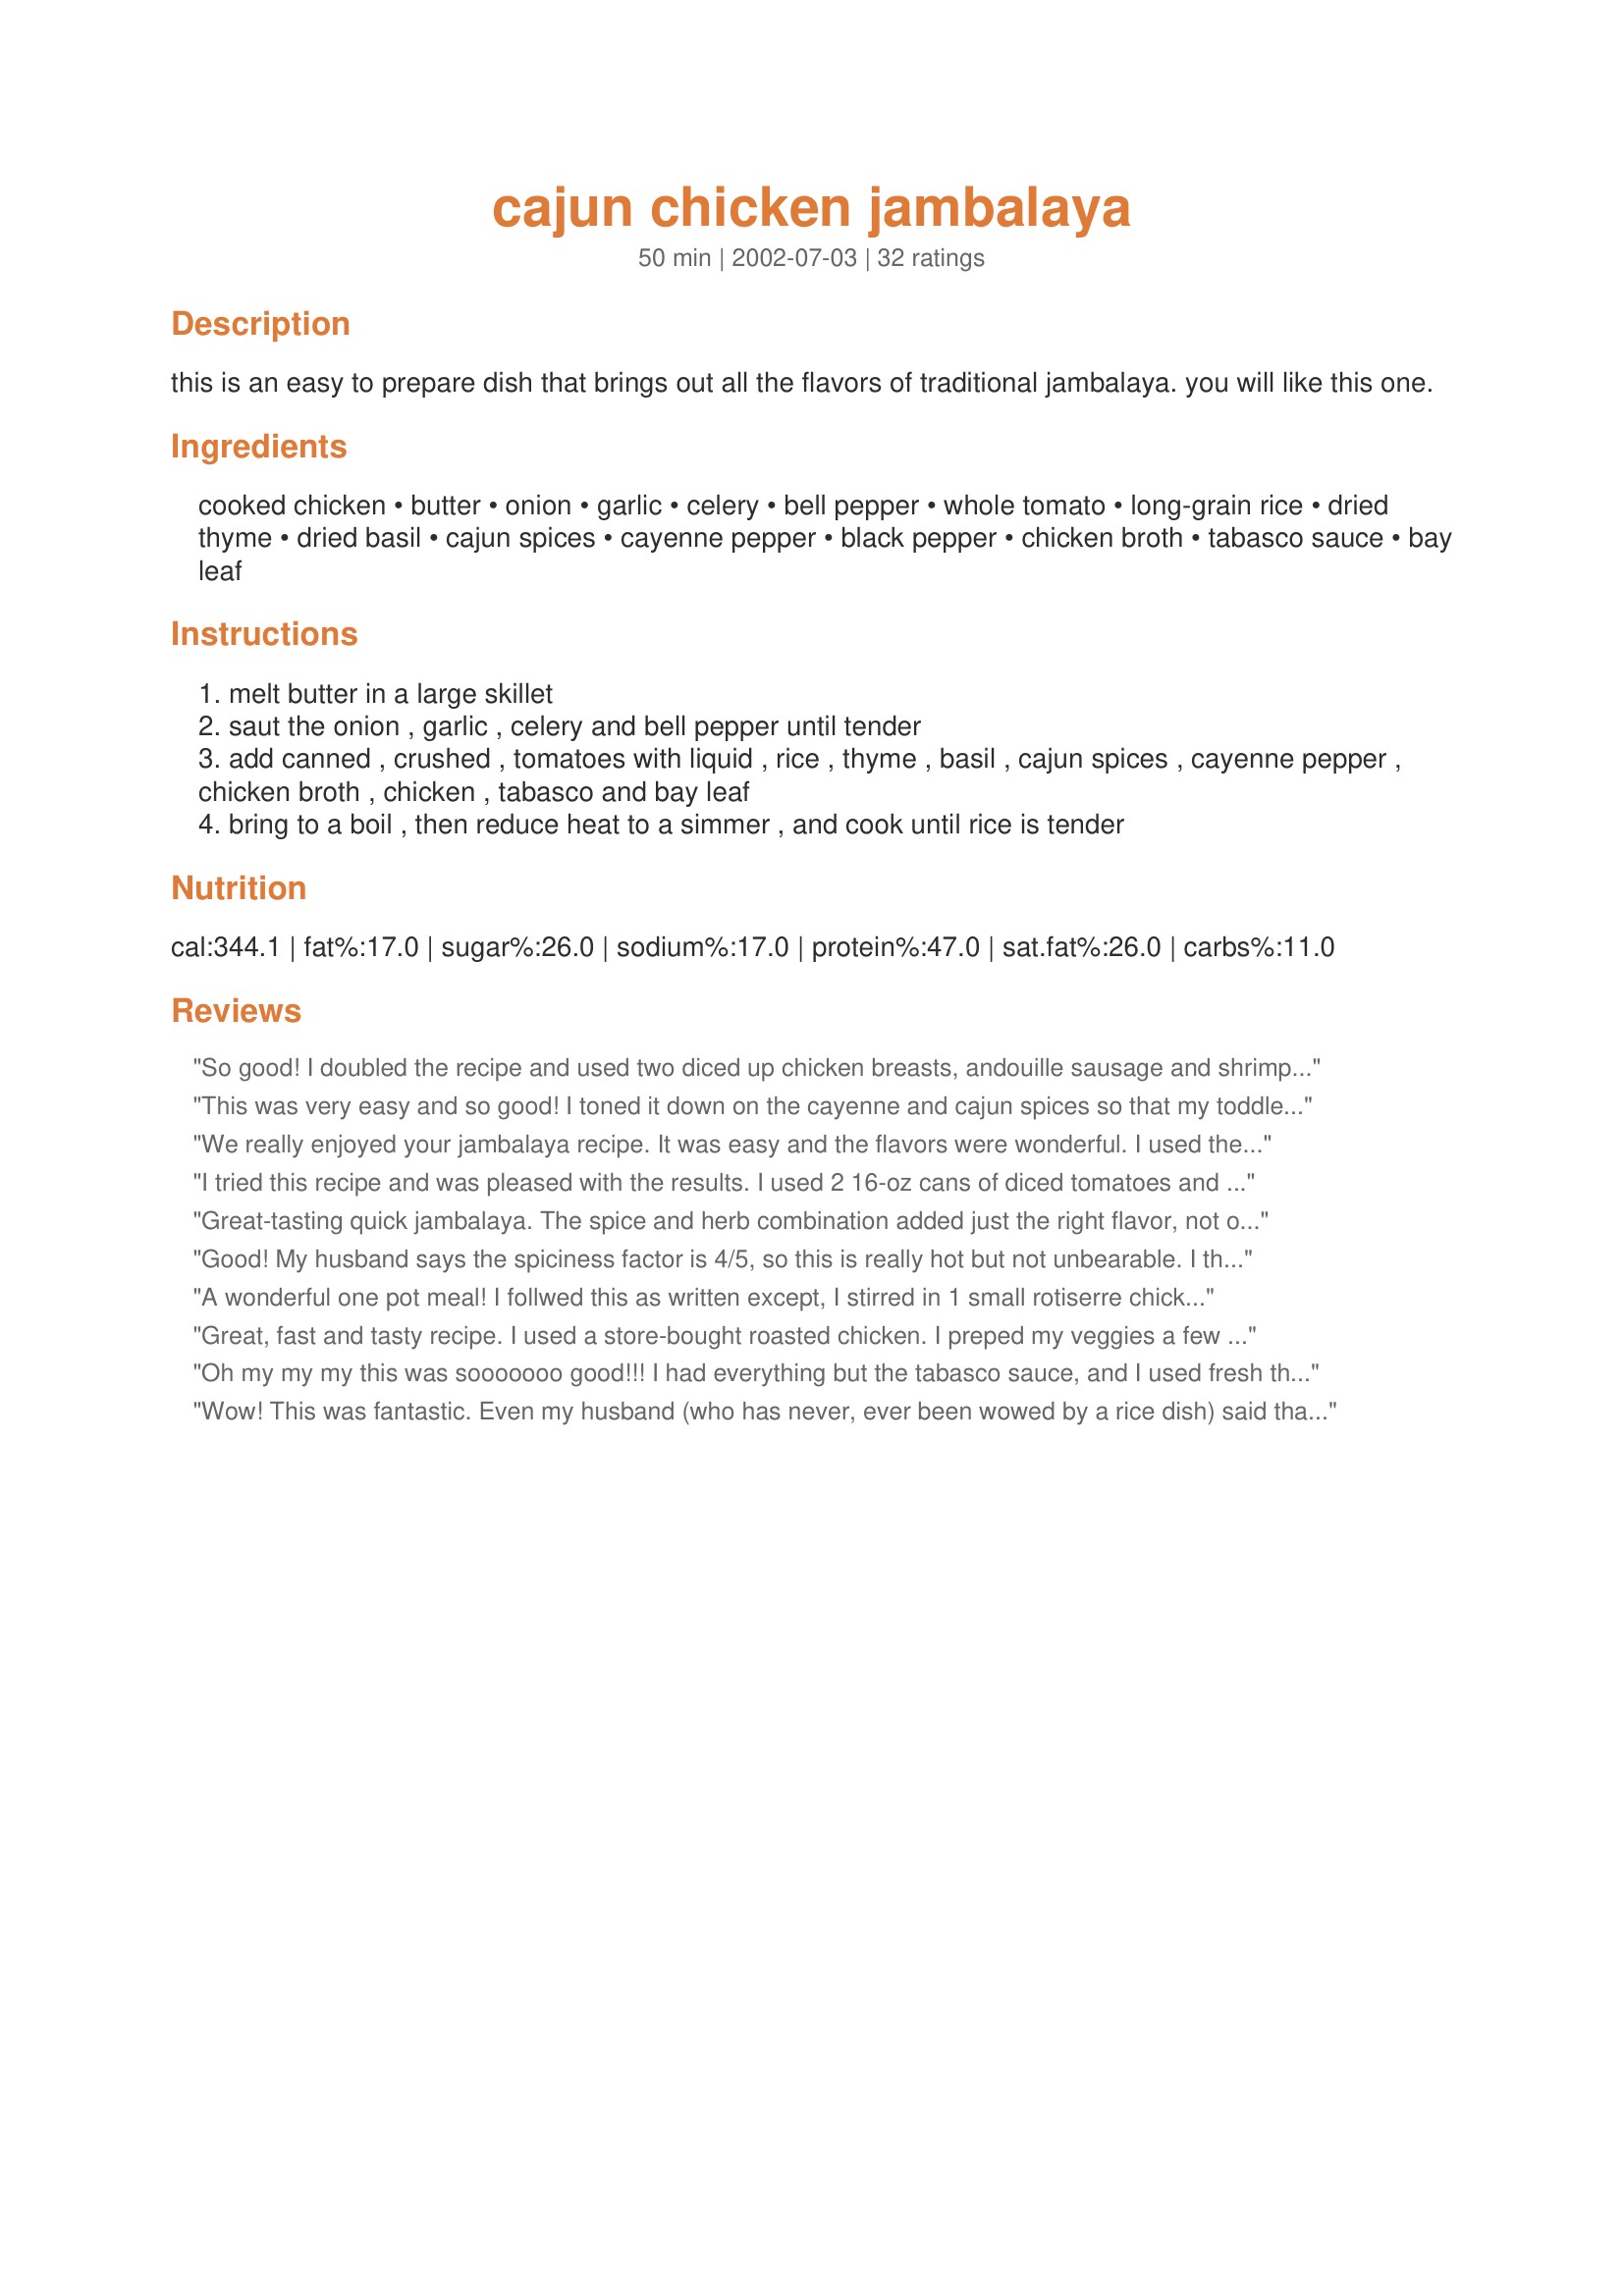
cajun chicken jambalaya
Preparation time: 50 minutes

this is an easy to prepare dish that brings out all the flavors of traditional jambalaya. you will like this one.

Ingredients:
cooked chicken, butter, onion, garlic, celery, bell pepper, whole tomato, long-grain rice, dried thyme, dried basil, cajun spices, cayenne pepper, black pepper, chicken broth, tabasco sauce, bay leaf

Steps:
melt butter in a large skillet
saut the onion , garlic , celery and bell pepper until tender
add canned , crushed , tomatoes with liquid , rice , thyme , basil , cajun spices , cayenne pepper , chicken broth , chicken , tabasco and bay leaf
bring to a boil , then reduce heat to a simmer , and cook until rice is tender

Reviews:
So good! I doubled the recipe and used two diced up chicken breasts, andouille sausage and shrimp. I also used diced tomatoes instead of whole, and substituted celery salt for the celery as I don't care for cooked celery. I added the chicken broth as directed but made the rice in my rice cooker and poured it over. We loved the heat, the ease and will make this again!
This was very easy and so good! I toned it down on the cayenne and cajun spices so that my toddler would eat it. It was perfect. I added a pinch of cayenne and 1 tsp of cajun spices. For some reason I had to add about 1/2 cup more water because the rice wasn't done, but it was starting to get dry and needed some liquid.
We really enjoyed your jambalaya recipe. It was easy and the flavors were wonderful. I used the breast meat from a rotissarie chicken that I had just purchased and added some smoked sausage to your recipe. I also used basmati rice and your ratio of broth to rice was on the money. This is definitely a dish that I will be using in the future. Thanks so much for sharing this one.
I tried this recipe and was pleased with the results. I used 2 16-oz cans of diced tomatoes and had to omit the tabasco sauce because of my 4yo and 2yo but used everything else. Will make again when I crave cajun spice! Thank you for a great recipe!
Great-tasting quick jambalaya. The spice and herb combination added just the right flavor, not overly spicy. I had some cooked sausage slices that I added as well. The recipe doesn't say what size of can for the tomatoes, so I used a 16 ounce can of diced tomatoes, which seemed to be the right amount.
Good! My husband says the spiciness factor is 4/5, so this is really hot but not unbearable. I think I'd cut the Tabasco in half next time I make it.
A wonderful one pot meal! I follwed this as written except, I stirred in 1 small rotiserre chicken, cut into medium pieces, when the rice was done.
Great, fast and tasty recipe. I used a store-bought roasted chicken. I preped my veggies a few days before. I used Uncle Ben's 5 minute rice and diced tomatoes instead of whole. It came together within 15 minutes. Excellent. I will add this to my collection, thanks Miss Annie!
Oh my my my this was sooooooo good!!! I had everything but the tabasco sauce, and I used fresh thyme and basil, but it was delicious anyway. I will definately be making this again. Very easy especially since it is all in one pan.
Wow! This was fantastic. Even my husband (who has never, ever been wowed by a rice dish) said that it was delicious. I made some changes: I used olive oil instead of butter, and used way more onion and mixed (frozen) peppers. I also eyeballed the spices, which worked fine. The rice came out perfect with a lid on--I did not have to add any additional liquid. Thank you so much for posting!
Great taste! Used 1 tbs of olive oil instead of butter (I don't mix dairy and meat), just a little more garlic than stated and since I had just bought fresh jalapena peppers I used one (finely minced) and omitted the cayenne pepper.
Also cooked the rice separately in the chicken broth. 
Very easy to make and wonderful tasty. Thanks for posting and will certainly make again.
This was very easy, and very good. I used diced turkey and diced tomato as they were what I had on hand. I held off on adding the turkey until the rice was finished, as I was worried that it would dry out. This worked perfectly, and I had nice, moist meat, and very tender rice. I cooked the rice in a covered skillet for twenty minutes over low heat, and it came out perfectly. This was a very spicy dish, so we served a dollop of sour cream on the side to tame the heat. Next time I think I will cut the tabasco and cayenne in half, to make it less spicy. Thanks for posting a great recipe!
This is the best Jambalaya I have ever made! I have to triple the recipe whenever I make it. Everyone in my family just loves it--We love the flavoring from all the spices, a perfect combination and so easy to make!
I made this for my family of ten. I doubled it, but will triple it next time.

I used a chunky tomato sauce and added some freshly chopped tomatoes, added a couple of cups of frozen corn, left out the cajun spices altogether (I didn't have any) and served it with saltine crackers for dipping.

It has very, very good flavor that even my rice-hating child loved. Thanks for a new family favorite!
I really enjoyed this. I plunged in thinking I had tomatoes, but I didn&#039;t. I ended up using about half a can of crushed tomatoes and it turned out great. I also added some spinach - the added color was great. I also used a couple smokies instead of the chicken. Easy to prepare - will add it to my regular line up. Thanks!
Delicious. My 17 year old son doesn't like rice, and he asked me to continue to make it. I doubled this, and froze before adding the rice or broth. To serve, I thawed, added rice and broth and heated until the rice was done. Quick, easy, and very good. Thanks
Just a comment, since I DO make a decent Jambalaya myself and this is a pretty standard recipe.

About the name of the recipe: Anytime you add tomatoes to the Jambalaya it makes it "Creole" rather than Cajun...

Note: Try it with brown rice sometime!! 
 

I looked at SEVERAL different recipes and combined aspects of each (they were all extremely similar, just slightly different measurements). I'm choosing to review this recipe, only, because I used this spice mix and in my opinion, it MADE this dish!! From my "research," it appears that two pounds of meat is ideal with 1 cup of rice. The meats tended to vary...all chicken; all shrimp; half chicken, half shrimp; half chicken, half andouille sausage; etc. I chose the half chicken, half shrimp option and my boyfriend and I both LOVED it. (From experience, though, each will be amazing!) I used 1 medium yellow onion, 3 cloves garlic, 2 stalks of celery, and 1 large bell pepper...all of which came out to be more veggies than specified in this recipe. I also used a can of diced (rather than whole) tomatoes and 2 cups of chicken broth. The spices I left as specified, although I did throw in a bit more Tony's at the end (I used Tony Chachere's creole seasoning for my "cajun spices"). The thyme was absolutely PERFECT in this recipe! I sauteed my meats with the veggies. In the future, I'll use brown rice (just our preference for health reasons), so I'll probably end up cooking it separately and then stirring everything together at the end (which is what my mom always did anyway...) Anyway, thanks a ton for the recipe - it TOTALLY hit the spot last night! I've been craving some good cajun cooking! I'm excited to make extra for the freezer (before the rice is mixed in).
Very easy to make, and very very tasty! I am picky about spicy food and this one is a definite favorite:)!
What a flavorful dish with just the right amount of heat. I first thought that there wasn't going to be enough rice as it looked kind of sparse when I first added the rice but it turned out just right. The dish required a little chopping celery, onion, garlic, green pepper, and chicken) but was easy to put together once the chopping was complete. The one thing I would recommend, is to use a can of crushed or diced tomatoes rather than using canned whole tomatoes which you must crush (save time). I didn't end up having cajun spice (messed up only had Zataran's) so I mixed up one of Zaar's many cajun spice recipes.
Quick and easy recipe. I had cut the Tabasco and cayenne in half and still found that the heat element in this dish obscured a lot of the flavors of the dish...and I like some heat. I would recommend the recipe, but caution that you cut back on the cayenne and Tabasco, working your way up to a level you like as you taste the dish along the way.
This was really good. I used chiles instead of peppers, because I'm allergic and it turned out great.
Hey Miss Annie, we loved your jambalaya. Very good mixture of spicy seasonings. Easy preparation and something I would like to make again only next time I will double the recipe so we will have left-overs. Thanks and Merry Christmas/Happy New Year to you and your family.
This recipe was okay, but not great. It really didn't have enough "cajun" flavor or kick to it that I would have liked. The "cajun spices" listed needs to be more specific so that people can adjust to their tastes. Sorry.
Your so right Miss Annie, we sure did like this one! I doubled the recipe and used long grain converted rice (Uncle Ben's) and increased the garlic amout to 2 tbsp. Great combo of seasonings too, and very easy to throw together. I baked mine in the oven instead of the stove top. This will go into my favorites, it is definately a keeper. Thanks Miss Annie for sharing another winner, we loved it!....Kitten:)
This was great! It was my first time making any Jambalaya but a great experience and will be put into the rotation :). I did change a few things mostly just to preference. I used andouille sausage and shrimp instead of chicken. I also left out the celery because my husband and I arent fans. Love this though!
Excellent make ahead meal and can be varied very easily, the kids loved this one and so dod we cheap and very tasty
This recipe had excellent flavor. Just the right amount of heat. The only trouble I had was with the rice getting tender, it never really did. Even after continually adding water and cooking for over 45 minutes. Next time I make this I will add all the ingredients except the rice. I will prepare that seperately and serve this over the cooked rice. Thanks for posting we really enjoyed it.
This was very tasty. Perfect for a cold winter's evening. Will certainly make this again. Would probably add some sweetcorn next time too. Many thanks for posting the recipe
Had to get you that last star... my 7 year old had some this evening and thought is was fantastic, too! The whole family loves it!
This was delicious! I used half butter and half olive oil, some extra onion, pepper and celery. I bet this will be excellent for lunch tomorrow! Thank you for sharing.
This was superb...my first time making...but definitely not my last.
